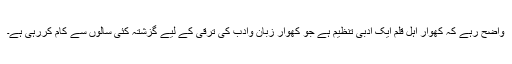
واضح رہے کہ کھوار اہل قلم ایک ادبی تنظیم ہے جو کھوار زبان وادب کی ترقی کے لیے گزشتہ کئی سالوں سے کام کررہی ہے۔